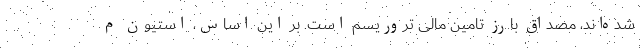
شده‌اند، مصداق بارز تامین مالی تروریسم است. بر این اساس، استیون م